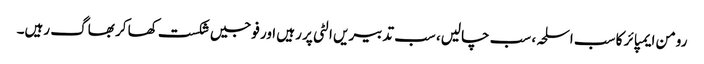
رومن ایمپائر کا سب اسلحہ، سب چالیں، سب تدبیریں الٹی پر رہیں اور فوجیں شکست کھا کر بھاگ رہیں۔